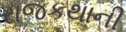
રાજકથાની